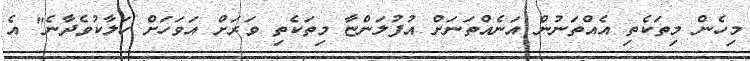
މިހެން މިތަކެތި އެއްތަނުން އަނެއްތަނަށް އުފުލަންޏާ މިތަކެތި ވަރަށް އަވަހަށް ހަލާކުވެދާނެ" އެ